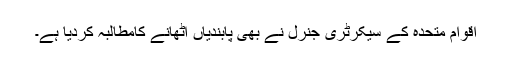
اقوام متحدہ کے سیکرٹری جنرل نے بھی پابندیاں اٹھانے کامطالبہ کردیا ہے۔